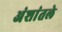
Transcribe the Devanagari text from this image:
अंशांतले